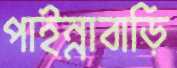
পাইন্নাবাড়ি